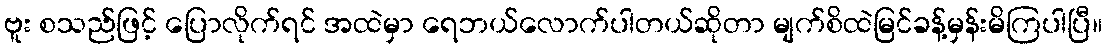
ဗူး စသည်ဖြင့် ပြောလိုက်ရင် အထဲမှာ ရေဘယ်လောက်ပါတယ်ဆိုတာ မျက်စိထဲမြင်ခန့်မှန်းမိကြပါပြီ။